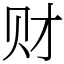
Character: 财